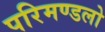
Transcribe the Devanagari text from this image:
परिमण्डलो